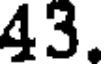
43.